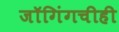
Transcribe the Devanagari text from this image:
जॉगिंगचीही